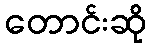
တောင်းဆို